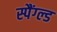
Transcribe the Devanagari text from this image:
स्पैंग्ल्ड